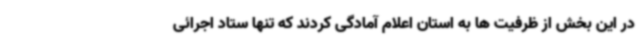
در این بخش از ظرفیت ها به استان اعلام آمادگی کردند که تنها ستاد اجرائی